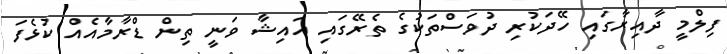
ފިލްމީ ދާއިރާގައި ހޭދަކުރި ދުވަސްތަކުގެ ތެރޭގައި އައިޝާ ވަނީ ތިން ޑްރާމާއެއް ކުޅެފަ